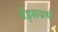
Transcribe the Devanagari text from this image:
वैड्सवर्थ